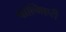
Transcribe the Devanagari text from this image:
पाल्मिएरी